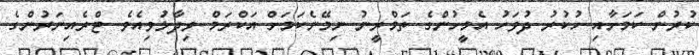
ކުރުން ކަމަށާއި ހުކުރު ދުވަހު އެމީހުންގެ ތަމްރީނު ނިމޭނެކަމަށް އަކްރަމް ވިދާޅުވިއެވެ. ޓްރެއިނަރުންގެ